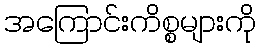
အကြောင်းကိစ္စများကို